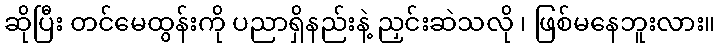
ဆိုပြီး တင်မေထွန်းကို ပညာရှိနည်းနဲ့ ညှင်းဆဲသလို ၊ ဖြစ်မနေဘူးလား။